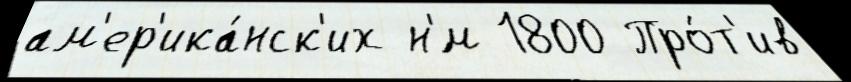
ам'ер'ика́нск'их н'́м 1800 Про́т'ив